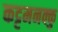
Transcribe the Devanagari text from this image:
कट्टमनक्कु